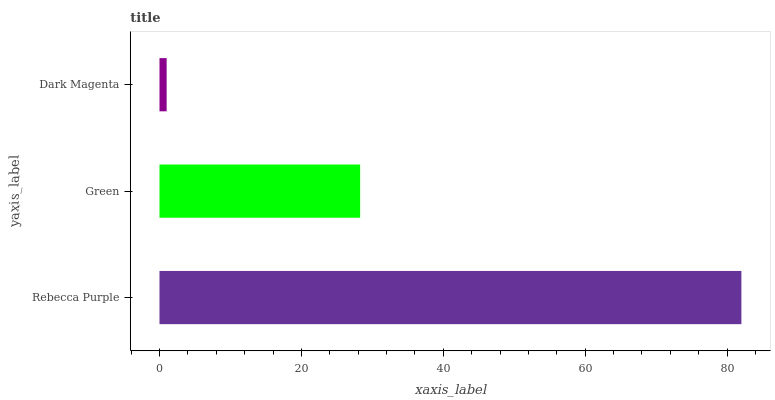
| yaxis_label | bars |
 | --- | --- |
 | Rebecca Purple | 82 |
 | Green | 28.3 |
 | Dark Magenta | 1.01 |